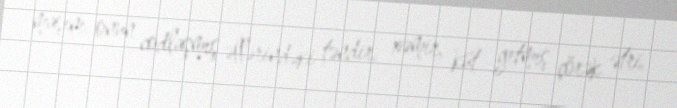
maşını, onun codlaşmış əllərindəki təndir, xəmir, küt getmiş çörək ətri.